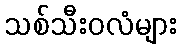
သစ်သီးဝလံများ